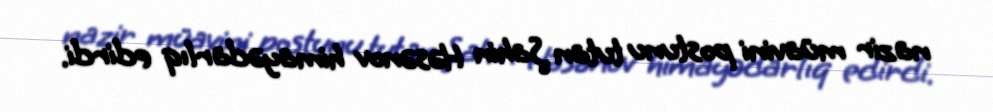
nazir müavini postunu tutan Şahin Həsənov himayədarlıq edirdi.